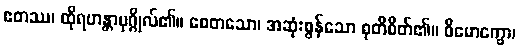
ဧတဿ၊ ထိုရဟန္တာပုဂ္ဂိုလ်၏။ စေတသော၊ အဆုံးစွန်သော စုတိစိတ်၏။ ဝိမောက္ခော၊